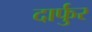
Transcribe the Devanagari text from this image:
दार्फुर